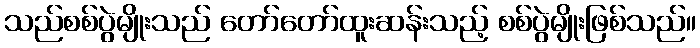
သည်စစ်ပွဲမျိုးသည် တော်တော်ထူးဆန်းသည့် စစ်ပွဲမျိုးဖြစ်သည်။